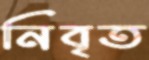
নিবৃত